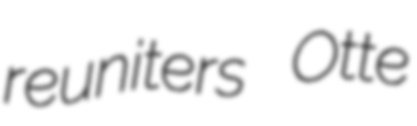
reuniters Otte